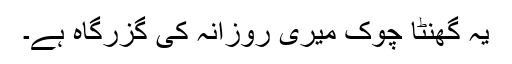
یہ گھنٹا چوک میری روزانہ کی گزرگاہ ہے۔